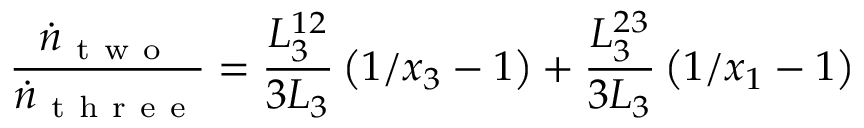
\frac { \dot { n } _ { \mathrm { ~ t ~ w ~ o ~ } } } { \dot { n } _ { \mathrm { ~ t ~ h ~ r ~ e ~ e ~ } } } = \frac { L _ { 3 } ^ { 1 2 } } { 3 L _ { 3 } } \left( 1 / x _ { 3 } - 1 \right) + \frac { L _ { 3 } ^ { 2 3 } } { 3 L _ { 3 } } \left( 1 / x _ { 1 } - 1 \right)